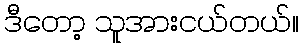
ဒီတော့ သူအားငယ်တယ်။